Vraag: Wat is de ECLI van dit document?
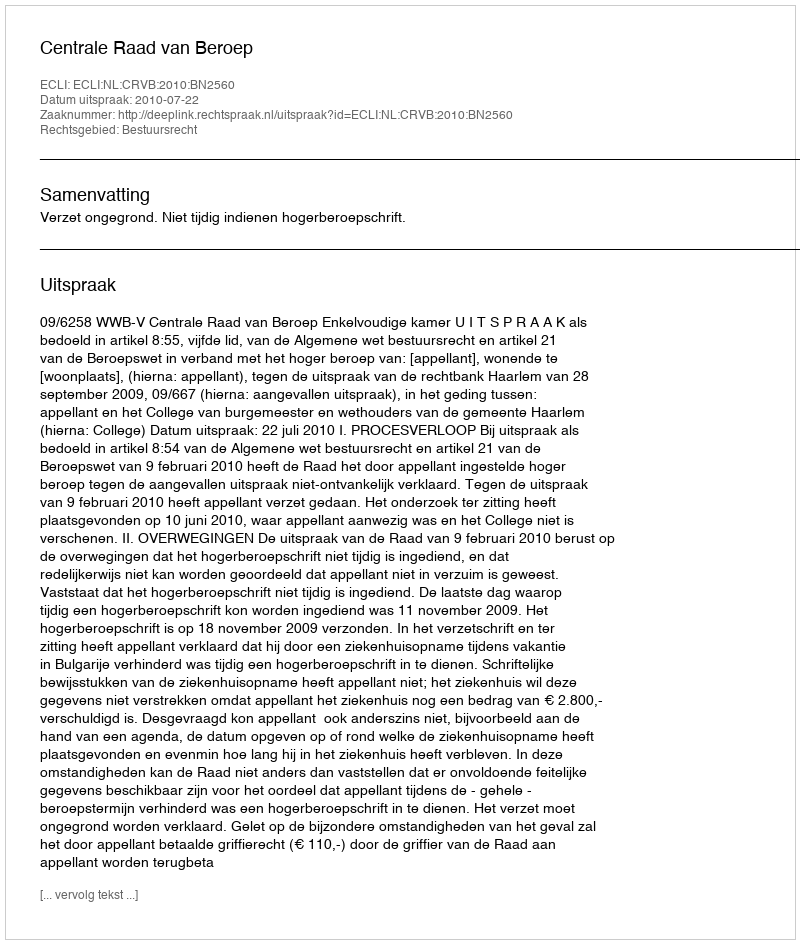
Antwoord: ECLI:NL:CRVB:2010:BN2560